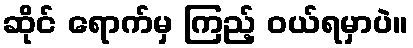
ဆိုင် ရောက်မှ ကြည့် ဝယ်ရမှာပဲ။